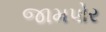
જામપોર